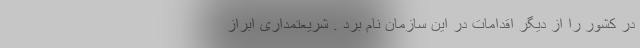
در کشور را از دیگر اقدامات در این سازمان نام برد . شریعتمداری ابراز